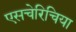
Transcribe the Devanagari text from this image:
एसचेरिचिया